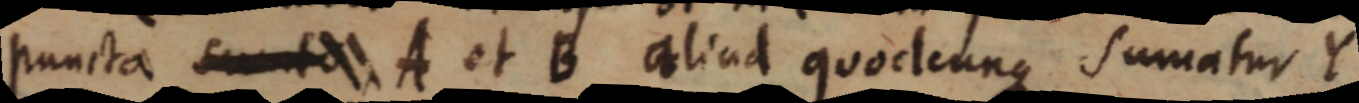
puncta sunt A et B aliud quodcunque sumatur Y